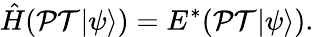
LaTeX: \hat{H}({\cal PT}|\psi\rangle)=E^{*}({\cal PT}|\psi\rangle).